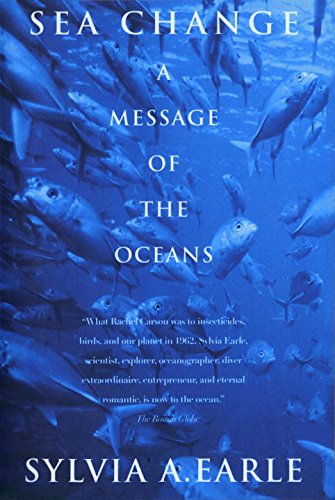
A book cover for Sea Change: A Message of the Oceans; Sylvia Earle; Science & Math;